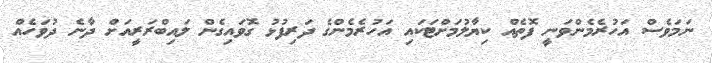
ނަމަވެސް އަހުރެމެންވަނީ ފޮތެއް ކިޔާލުމަށްޓަކައި އަހުރެމެންގެ ދަރިފުޅު ގޮވައިގެން ލައިބްރަރީއަށް ދާނެ ދުވަހެއް